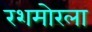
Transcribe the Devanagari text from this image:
रशमोरला